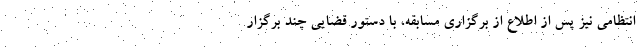
انتظامی نیز پس از اطلاع از برگزاری مسابقه، با دستور قضایی چند برگزار